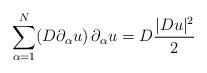
LaTeX: \begin{align*}\sum_{\alpha=1}^N (D\partial_\alpha u)\, \partial_\alpha u=D \frac{|Du|^2}{2}\end{align*}